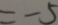
= - 5